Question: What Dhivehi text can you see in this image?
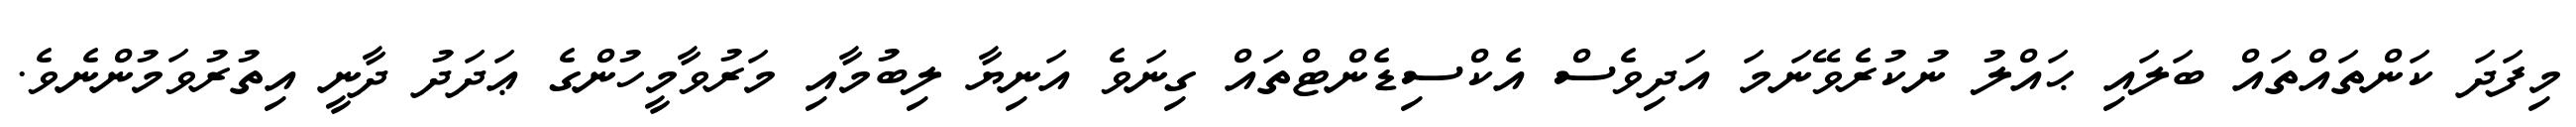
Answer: މިފަދަ ކަންތައްތައް ބަލައި ޙައްލު ނުކުރެވޭނަމަ އަދިވެސް އެކްސިޑެންޓްތައް ގިނަވެ އަނިޔާ ލިބުމާއި މަރުވާމީހުންގެ ޢަދަދު ދާނީ އިތުރުވަމުންނެވެ.